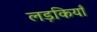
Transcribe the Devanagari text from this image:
लड़कियॉं